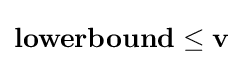
\mathbf {lowerbound} \leq \mathbf {v}